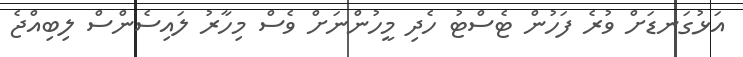
އަޅުގަނޑަށް ވުރެ ފަހުން ޓެސްޓު ހެދި މީހުންނަށް ވެސް މިހާރު ލައިސެންސް ލިބިއްޖެ